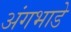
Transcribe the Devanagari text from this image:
अंगभाडे